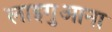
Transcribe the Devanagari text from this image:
लाइगुआना